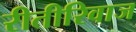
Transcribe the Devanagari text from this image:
रीतीरिवाज